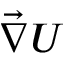
\vec { \nabla } U